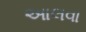
આલવા